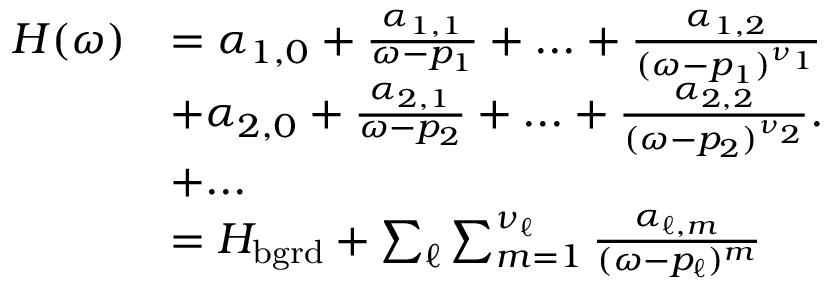
\begin{array} { r } { \begin{array} { r l } { H ( \omega ) } & { = \alpha _ { 1 , 0 } + \frac { \alpha _ { 1 , 1 } } { \omega - p _ { 1 } } + . . . + \frac { \alpha _ { 1 , 2 } } { ( \omega - p _ { 1 } ) ^ { \nu _ { 1 } } } } \\ & { + \alpha _ { 2 , 0 } + \frac { \alpha _ { 2 , 1 } } { \omega - p _ { 2 } } + . . . + \frac { \alpha _ { 2 , 2 } } { ( \omega - p _ { 2 } ) ^ { \nu _ { 2 } } } . } \\ & { + . . . } \\ & { = H _ { \mathrm { b g r d } } + \sum _ { \ell } \sum _ { m = 1 } ^ { \nu _ { \ell } } \frac { \alpha _ { \ell , m } } { ( \omega - p _ { \ell } ) ^ { m } } } \end{array} } \end{array}